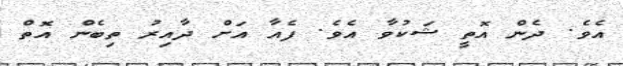
އެވެ. ދެން އޮތީ ޝަކުވާ އެވެ. ފެއާ އަށް ދާއިރު ތިބެން އޮތް